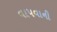
વાપવાની